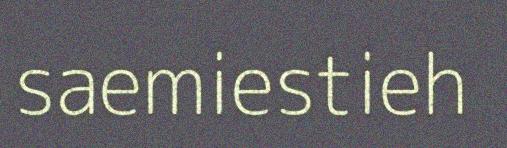
saemiestieh